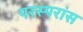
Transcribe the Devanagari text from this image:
परस्परांस